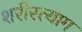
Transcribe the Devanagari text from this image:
शरीरत्याग